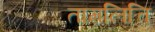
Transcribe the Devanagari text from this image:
ताम्रलित्ति